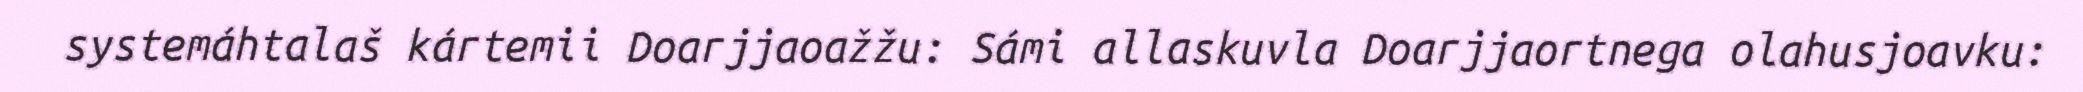
systemáhtalaš kártemii Doarjjaoažžu: Sámi allaskuvla Doarjjaortnega olahusjoavku: